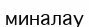
миналау